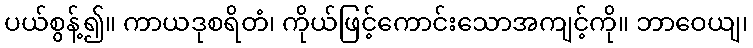
ပယ်စွန့်၍။ ကာယဒုစရိတံ၊ ကိုယ်ဖြင့်ကောင်းသောအကျင့်ကို။ ဘာဝေယျ၊